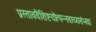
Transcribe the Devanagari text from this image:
प्रस्ताववैशिष्टयोत्पन्नवाच्यसंभवा